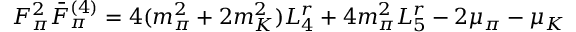
F _ { \pi } ^ { 2 } \bar { F } _ { \pi } ^ { ( 4 ) } = 4 ( m _ { \pi } ^ { 2 } + 2 m _ { K } ^ { 2 } ) L _ { 4 } ^ { r } + 4 m _ { \pi } ^ { 2 } L _ { 5 } ^ { r } - 2 \mu _ { \pi } - \mu _ { K }